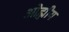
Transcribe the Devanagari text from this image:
ओह्मीय